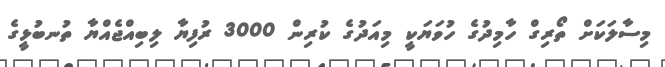
މިސާލަކަށް ތޯރިގް ހާމިދުގެ ހުވަޔަކީ މިއަދުގެ ކުރިން 3000 ރުފިޔާ ލިބިއްޖެއްޔާ ތުނބުޅީގެ